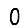
Digit: 0